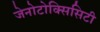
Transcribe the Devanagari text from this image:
जेनोटोक्सिसिटी